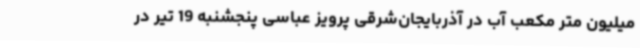
میلیون متر مکعب آب در آذربایجان‌شرقی پرویز عباسی پنجشنبه 19 تیر در